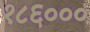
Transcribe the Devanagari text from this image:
१८६०००